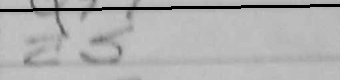
Transcription: a5